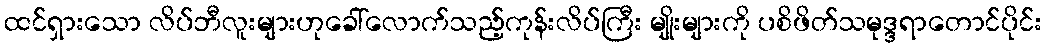
ထင်ရှားသော လိပ်ဘီလူးများဟုခေါ်လောက်သည့်ကုန်းလိပ်ကြီး မျိုးများကို ပစိဖိတ်သမုဒ္ဒရာတောင်ပိုင်း